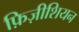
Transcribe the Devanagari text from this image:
फ़िज़ीशियन